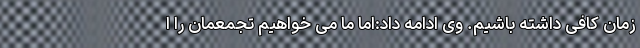
زمان کافی داشته باشیم. وی ادامه داد:اما ما می خواهیم تجمعمان را ا